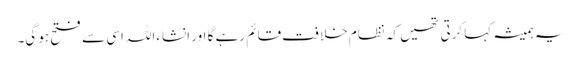
یہ ہمیشہ کہا کرتی تھیں کہ نظام خلافت قائم رہے گا اور انشاءاللہ اسی سے فتح ہو گی۔